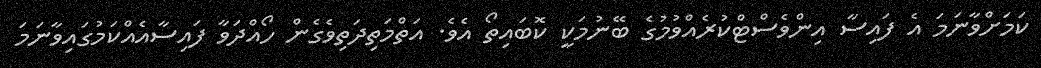
ކަމަށްވާނަމަ އެ ފައިސާ އިންވެސްޓްކުރެއްވުމުގެ ބޭނުމަކީ ކޮބައިތޯ އެވެ. އަތްމަތިދަތިވެގެން ހޯއްދަވާ ފައިސާއެއްކަމުގައިވާނަމަ